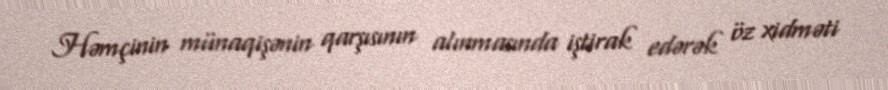
Həmçinin münaqişənin qarşısının alınmasında iştirak edərək öz xidməti